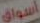
أسواق